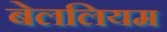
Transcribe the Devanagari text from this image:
बेललियम